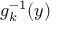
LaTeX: g _ { k } ^ { - 1 } ( y )